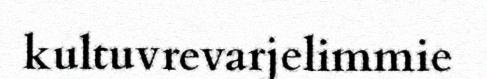
kultuvrevarjelimmie